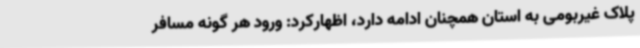
پلاک غیربومی به استان همچنان ادامه دارد، اظهارکرد: ورود هر گونه مسافر